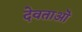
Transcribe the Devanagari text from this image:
देवताऒ